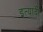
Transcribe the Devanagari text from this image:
इत्यार्दी